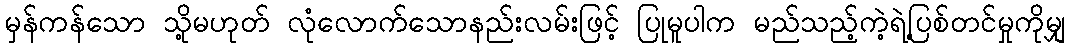
မှန်ကန်သော သို့မဟုတ် လုံလောက်သောနည်းလမ်းဖြင့် ပြုမူပါက မည်သည့်ကဲ့ရဲ့ပြစ်တင်မှုကိုမျှ